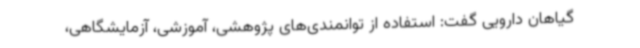
گیاهان دارویی گفت: استفاده از توانمندی‌های پژوهشی، آموزشی، آزمایشگاهی،